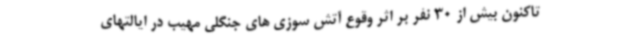
تاکنون بیش از 30 نفر بر اثر وقوع آتش سوزی های جنگلی مهیب در ایالتهای